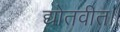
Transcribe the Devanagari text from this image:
द्योतवीत।।